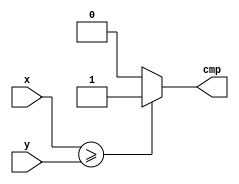
module comparator(cmp, x, y);
parameter WIDTH = 15;
input [WIDTH-1:0] x;
input [WIDTH-1:0] y;
output cmp;

assign cmp = (x >= y) ? 1'b1 : 1'b0;

endmodule